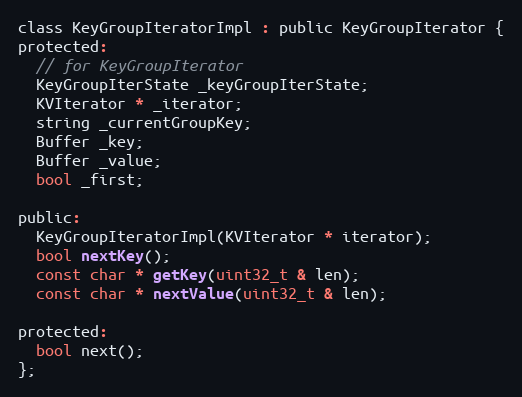
Language: C
class KeyGroupIteratorImpl : public KeyGroupIterator {
protected:
  // for KeyGroupIterator
  KeyGroupIterState _keyGroupIterState;
  KVIterator * _iterator;
  string _currentGroupKey;
  Buffer _key;
  Buffer _value;
  bool _first;

public:
  KeyGroupIteratorImpl(KVIterator * iterator);
  bool nextKey();
  const char * getKey(uint32_t & len);
  const char * nextValue(uint32_t & len);

protected:
  bool next();
};